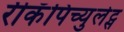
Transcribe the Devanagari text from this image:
रीकॅपिच्युलेट्स